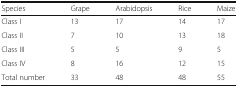
<table><thead><tr><td><b>Species</b></td><td><b>Grape</b></td><td><b>Arabidopsis</b></td><td><b>Rice</b></td><td><b>Maize</b></td></tr></thead><tbody><tr><td>Class I</td><td>13</td><td>17</td><td>14</td><td>17</td></tr><tr><td>Class II</td><td>7</td><td>10</td><td>13</td><td>18</td></tr><tr><td>Class III</td><td>5</td><td>5</td><td>9</td><td>5</td></tr><tr><td>Class IV</td><td>8</td><td>16</td><td>12</td><td>15</td></tr><tr><td>Total number</td><td>33</td><td>48</td><td>48</td><td>55</td></tr></tbody></table>